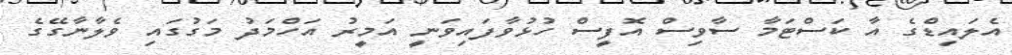
އެލައިޑްގެ އާ ކަސްޓަމާ ސާވިސް އޮފީސް ހުޅުވާފައިވަނީ އަމީރު އަހްމަދު މަގުގައި ވެލާނާގޭގެ